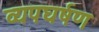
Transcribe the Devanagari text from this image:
व्यपघर्षण